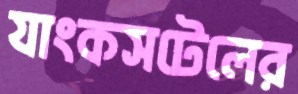
যাংকসটেলের